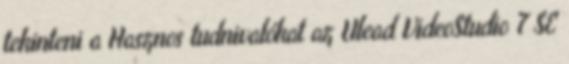
tekinteni a Hasznos tudnivalókat az Ulead VideoStudio 7 SE